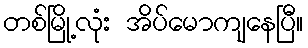
တစ်မြို့လုံး အိပ်မောကျနေပြီ။